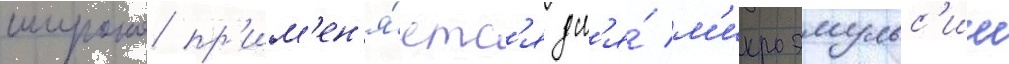
широко пр'им'ен'я́етс'я дл'я́ м'икроэмульс'ии